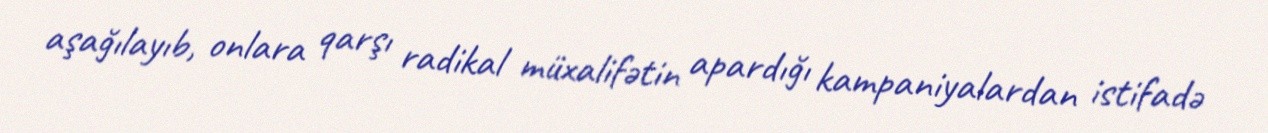
aşağılayıb, onlara qarşı radikal müxalifətin apardığı kampaniyalardan istifadə